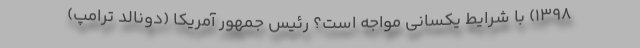
1398) با شرایط یکسانی مواجه است؟ رئیس جمهور آمریکا (دونالد ترامپ)